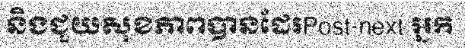
និងជួយសុខភាពបានដែរPost-next អ្នក